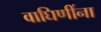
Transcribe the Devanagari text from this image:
वाघिणींना